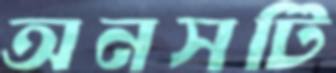
অনসটি